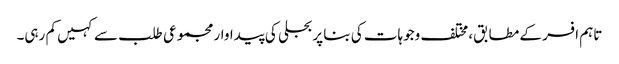
تاہم افسر کے مطابق، مختلف وجوہات کی بنا پر بجلی کی پیداوار مجموعی طلب سے کہیں کم رہی۔